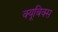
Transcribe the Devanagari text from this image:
क्यूबिक्स